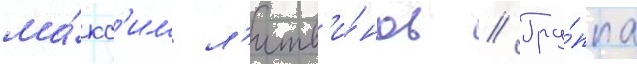
ма́кс'им л'итв'и́нов // Гру́ппа